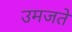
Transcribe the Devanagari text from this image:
उमजते